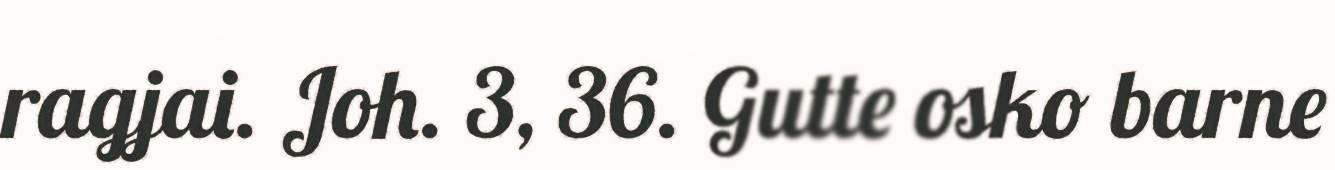
ragjai. Joh. 3, 36. Gutte osko barne